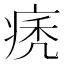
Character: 痜